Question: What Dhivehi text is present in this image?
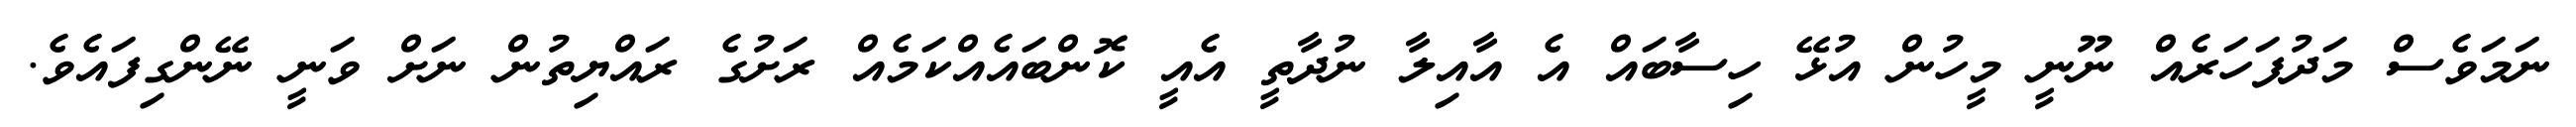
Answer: ނަމަވެސް މަދުފަހަރެއް ނޫނީ މީހުން އުޅޭ ހިސާބައް އެ އާއިލާ ނުދާތީ އެއީ ކޮންބައެއްކަމެއް ރަށުގެ ރައްޔިތުން ނަށް ވަނީ ނޭންގިފައެވެ.